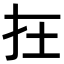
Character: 𡉈